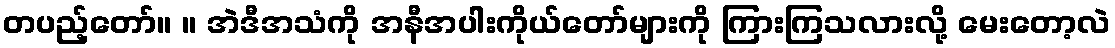
တပည့်တော်။ ။ အဲဒီအသံကို အနီအပါးကိုယ်တော်များကို ကြားကြသလားလို့ မေးတော့လဲ